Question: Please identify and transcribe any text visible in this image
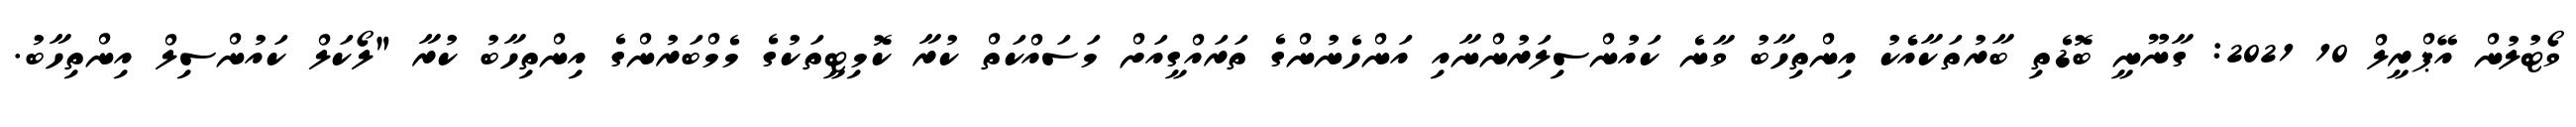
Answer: ވޯޓުލުން އޭޕްރީލް 10 2021: ގާނޫނީ ބޮޑެތި ބާރުތަކާއެެކު އިންތިހާބު ވާނެ ކައުންސިލަރުންނާއި އަންހެނުންގެ ތަރައްގީއަށް މަސައްކަތް ކުރާ ކޮމިޓީތަކުގެ މެމްބަރުންގެ އިންތިހާބު ކުރާ "ލޯކަލް ކައުންސިލް އިންތިހާބު.